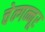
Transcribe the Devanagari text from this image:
चेन्गन्नूर